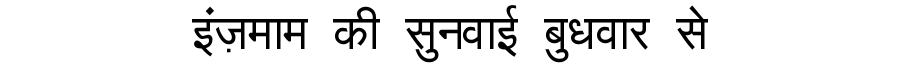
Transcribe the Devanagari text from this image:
इंज़माम की सुनवाई बुधवार से